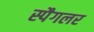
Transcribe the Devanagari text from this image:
स्पैगलर